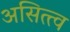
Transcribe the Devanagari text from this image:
असित्त्व